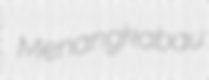
Menangkabau